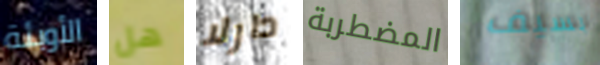
الأوبئة هل دارلا المضطربة بسيف